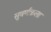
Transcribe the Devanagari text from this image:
सुवर्णकला